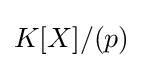
K[X]/(p)